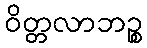
ဝိတ္တလာဘဉ္စ